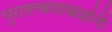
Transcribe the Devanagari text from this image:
पुरातत्त्वशास्त्रज्ञांनी